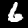
Label: 6